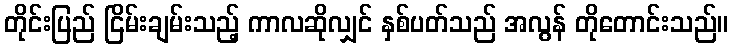
တိုင်းပြည် ငြိမ်းချမ်းသည့် ကာလဆိုလျှင် နှစ်ပတ်သည် အလွန် တိုတောင်းသည်။